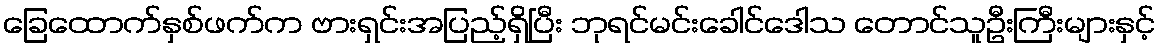
ခြေထောက်နှစ်ဖက်က ဗားရှင်းအပြည့်ရှိပြီး ဘုရင်မင်းခေါင်ဒေါသ တောင်သူဦးကြီးများနှင့်